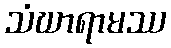
သံဃာရာမဿ